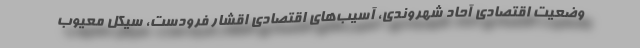
وضعیت اقتصادی آحاد شهروندی، آسیب‌های اقتصادی اقشار فرودست، سیکل معیوب